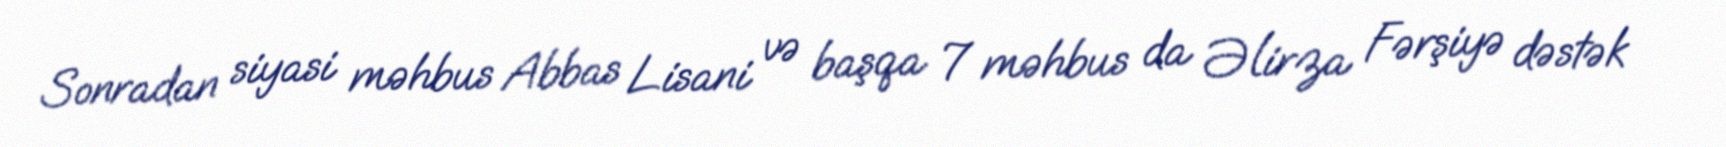
Sonradan siyasi məhbus Abbas Lisani və başqa 7 məhbus da Əlirza Fərşiyə dəstək